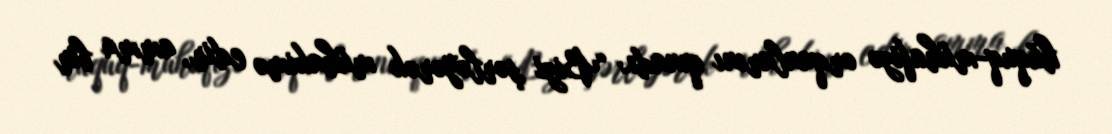
hüquq-mühafizə orqanlarını qınadı: “Bizi şərləyərək mühakimə edir, amma bir